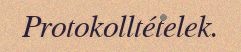
Protokolltételek.